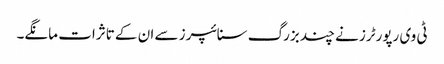
ٹی وی رپورٹرز نے چند بزرگ سنائپرز سے ان کے تاثرات مانگے۔